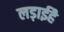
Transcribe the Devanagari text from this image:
लड़ाईहै